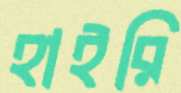
হাইরি